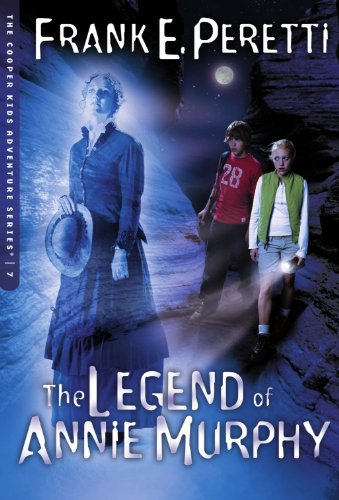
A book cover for The Legend of Annie Murphy (The Cooper Kids Adventure Series #7); Frank E. Peretti; Religion & Spirituality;